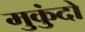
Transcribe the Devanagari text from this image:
मुकुंदो